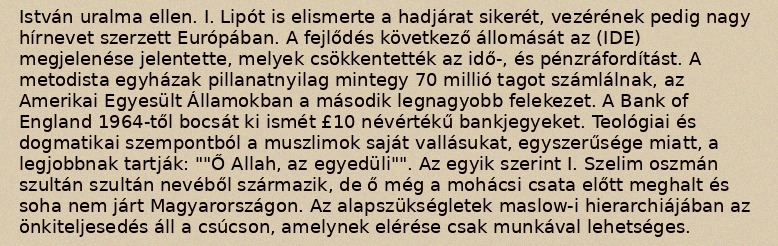
István uralma ellen. I. Lipót is elismerte a hadjárat sikerét, vezérének pedig nagy hírnevet szerzett Európában. A fejlődés következő állomását az (IDE) megjelenése jelentette, melyek csökkentették az idő-, és pénzráfordítást. A metodista egyházak pillanatnyilag mintegy 70 millió tagot számlálnak, az Amerikai Egyesült Államokban a második legnagyobb felekezet. A Bank of England 1964-től bocsát ki ismét £10 névértékű bankjegyeket. Teológiai és dogmatikai szempontból a muszlimok saját vallásukat, egyszerűsége miatt, a legjobbnak tartják: ""Ő Allah, az egyedüli"". Az egyik szerint I. Szelim oszmán szultán szultán nevéből származik, de ő még a mohácsi csata előtt meghalt és soha nem járt Magyarországon. Az alapszükségletek maslow-i hierarchiájában az önkiteljesedés áll a csúcson, amelynek elérése csak munkával lehetséges.